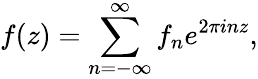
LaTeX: f(z)=\sum_{n=-\infty}^{\infty}f_{n}e^{2\pi inz},